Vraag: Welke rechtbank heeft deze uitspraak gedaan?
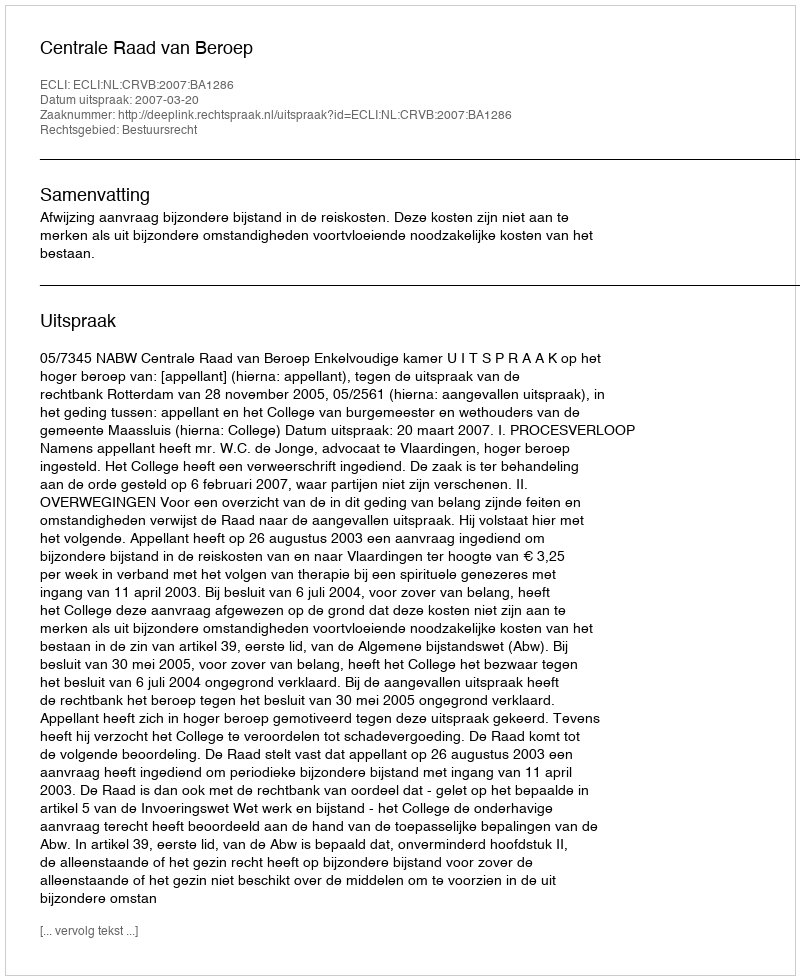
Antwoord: Centrale Raad van Beroep